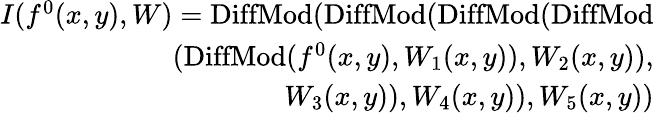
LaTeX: \begin{array}{r}{I(f^{0}(x,y),W)=\mathrm{DiffMod}(\mathrm{DiffMod}(\mathrm{DiffMod}(\mathrm{DiffMod}}\\ {(\mathrm{DiffMod}(f^{0}(x,y),W_{1}(x,y)),W_{2}(x,y)),}\\ {W_{3}(x,y)),W_{4}(x,y)),W_{5}(x,y))}\end{array}